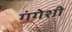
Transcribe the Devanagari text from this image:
गंगेशी